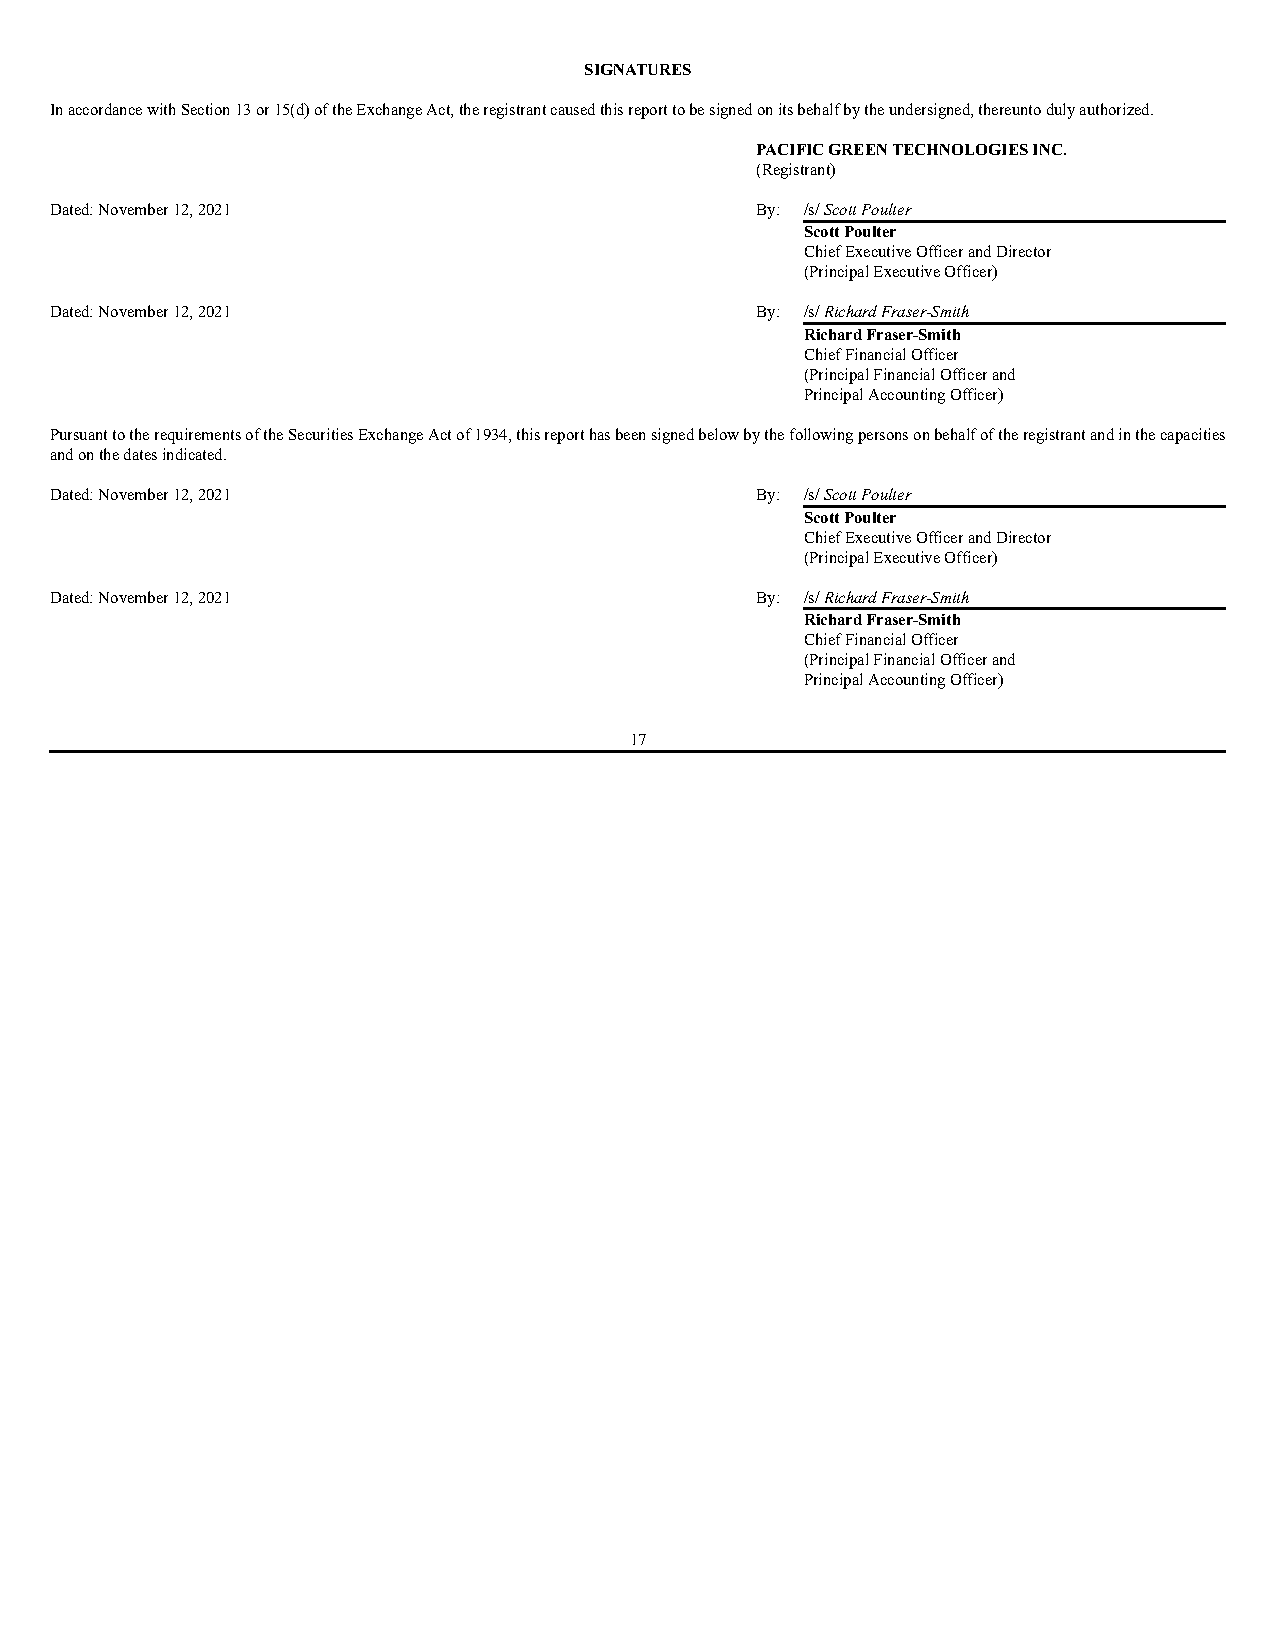
SIGNATURES
 In accordance with Section 13 or 15(d) of the Exchange Act, the registrant caused this report to be signed on its behalf by the undersigned, thereunto duly authorized.
 PACIFIC GREEN TECHNOLOGIES INC.
 (Registrant)
 Dated: November 12, 2021                       By: /s/ Scott Poulter
 Scott Poulter
 Chief Executive Officer and Director
 (Principal Executive Officer)
 Dated: November 12, 2021                       By: /s/ Richard Fraser-Smith
 Richard Fraser-Smith
 Chief Financial Officer
 (Principal Financial Officer and
 Principal Accounting Officer)
 Pursuant to the requirements of the Securities Exchange Act of 1934, this report has been signed below by the following persons on behalf of the registrant and in the capacities
 and on the dates indicated.
 Dated: November 12, 2021                       By: /s/ Scott Poulter
 Scott Poulter
 Chief Executive Officer and Director
 (Principal Executive Officer)
 Dated: November 12, 2021                       By: /s/ Richard Fraser-Smith
 Richard Fraser-Smith
 Chief Financial Officer
 (Principal Financial Officer and
 Principal Accounting Officer)
 17